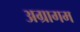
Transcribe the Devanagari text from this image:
अग्रागम